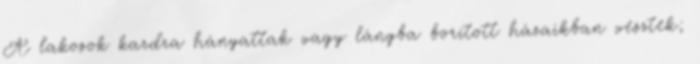
A lakosok kardra hányattak vagy lángba borított házaikban vesztek;